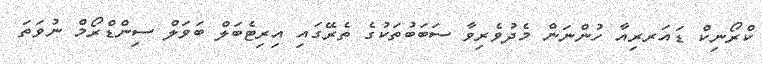
ކްރޯނިކް ޑައަރރިއާ ހުންނަން މެދުވެރިވާ ސަބަބުތަކުގެ ތެރޭގައި އިރިޓެބަލް ބަވަލް ސިންޑްރޯމް ނުވަތަ